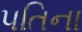
પતિના